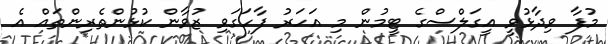
މުފާ ވިދާޅުވީ އީގަލްސްގެ ޓީމުން މި އަހަރު ފާހަގަވި ޒުވާން ކުޅުންތެރިންތައް އެ